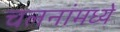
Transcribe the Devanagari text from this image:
चलनांमध्ये